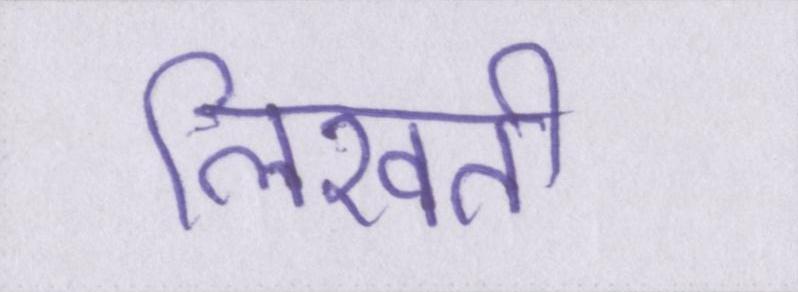
लिखती